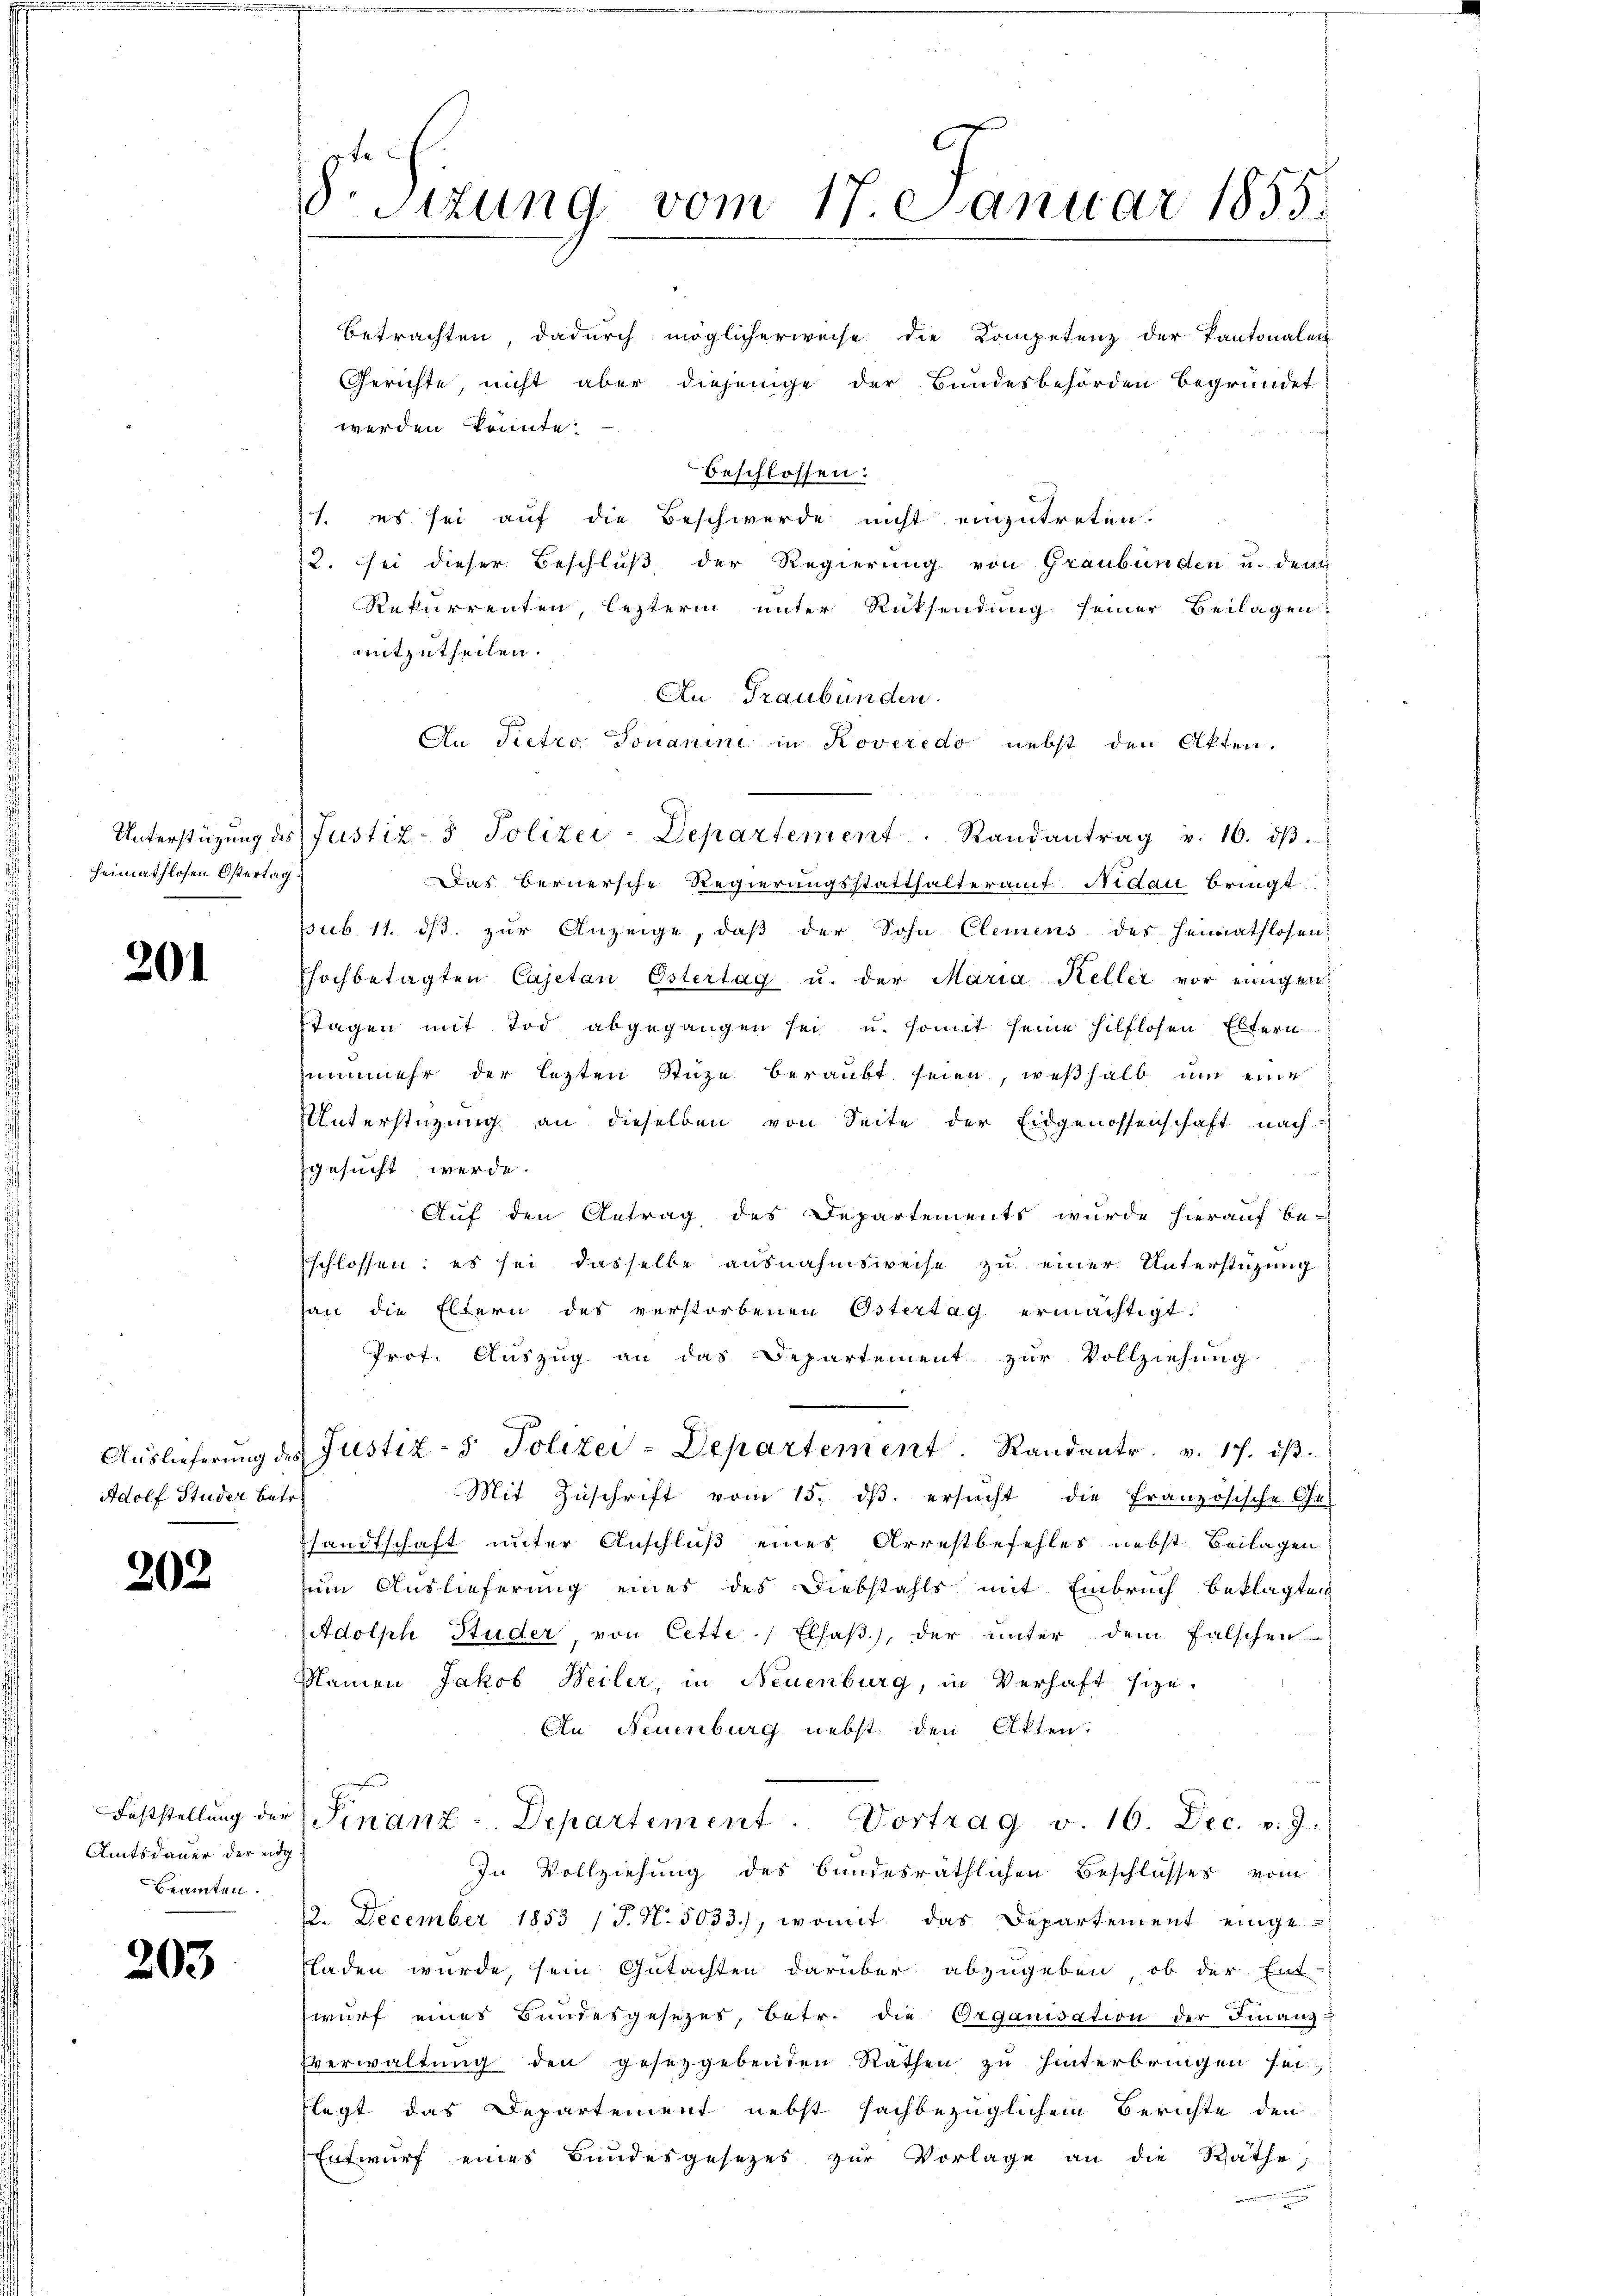
heimathlosen Östertag.

201

Adolf Studer betr.

202

Amtsdauer der eidg
Beamten.

203

8. Sitzung vom 17. Januar 1855.

werden könnte.
beschlossen:
1. es sei auf die Beschwerde nicht einzutreten.
u. sei dieser Beschluß der Regierung von Graubünden u. den
Rekurrenten, lezterm unter Rücksendung seiner Beilagen
mitzutheilen.
An Graubünden.
An Pietro Ponanini in Koveredo nebst den Akten.
Das Bernersche Regierungsstatthalteramt Nidau bringt
sub 11. dβ zŭr Anzeige, daβ der Sohn Clemens des Heimathlosen
hochbetagten Cajetan Östertag u. der Maria Keller vor einigen
stagen mit Tod abgegangen sei u. somit seine hilflosen Eltern
zunmehr der lezten Stüze beraubt seien, weßhalb um eine
Unterstüzung an dieselben von Seite der Eidgenossenschaft nach
gesucht werde.
Auf den Antrag des Departements wurde hierauf be-
schlossen; es sei dasselbe ausnahmsweise zu einer Unterstüzung
han die Eltern des verstorbenen Ostertag ermächtigt.
Prot. Auszug an das Departement zur Vollziehung
Aŭslieferŭng des Justiz- & Polizei-Departement. Randantr. v. 17. dβ.
Mit Zuschrift vom 15. dβ. ersucht die französische Ge-
sandtschaft unter Anschluß eines Arrestbefehles nebst Beilagen
zum Auslieferung eines des Diebstahls mit Einbruch beklagten
Adolph Studer, von Cette / Elfaß.), der unter dem Falschen
Namen Jakob Weiler, in Neuenburg, in Verhaft size¬
An Neuenburg nebst den Akten.
Feststellŭng der Finanz-Departiment. Vortrag v. 10. Dec. v. J.
In Vollziehung des bundesräthlichen Beschlusses vom
12. December 1853 /J. N. 5033), womit das Departement einge-
sladen wurde, sein Gutachten darüber abzugeben, ob der Ent-
wurf eines Bundesgesezes, betr. die Organisation der Finanz-
Everwaltung den gesetzgebenden Rathen zu hinterbringen sei
flegt das Departement nebst sachbezüglichem Berichte den
Entwurf eines Bundesgesezes zur Vorlage an die Räthe
a

betrachten, dadurch möglicherweise die Kompetenz der Pantonalen
Gerichte, nicht aber diejenige der Bundesbehörden begründet

Unterstützŭng des Justiz- & Polizei-Departement. Randantrag v. 16. dβ.